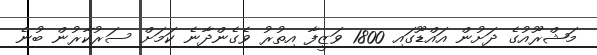
މަޝްރޫއުގެ ދަށުން އައްޑޫގައި 1800 ވަޒީފާ އިތުރު ވެގެންދާނެ ކަމަށް ސަރުކާރުން ބުނެ